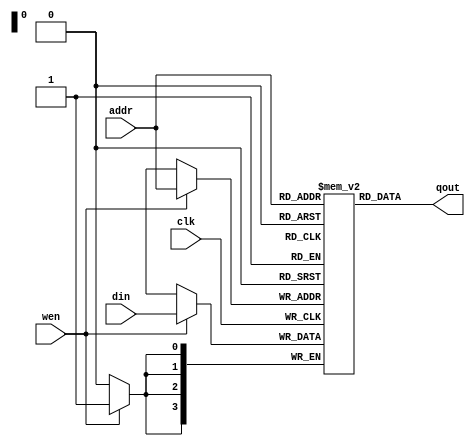
`timescale 1ns / 1ps
//////////////////////////////////////////////////////////////////////////////////
// Company: 
// Engineer: 
// 
// Design Name: 
// Module Name: ram2
// Project Name: 
// Target Devices: 
// Tool Versions: 
// Description: 
// 
// Dependencies: 
// 
// Revision:
// Revision 0.01 - File Created
// Additional Comments:
// 
//////////////////////////////////////////////////////////////////////////////////


module ram2(
    input clk,
    input wen,
    input [3:0] addr,
    input [3:0] din,
    output [3:0] qout
    );
    reg[3:0]ram[0:15];
    always@(posedge clk)
      if(wen)
        ram[addr]<=din;
      assign qout=ram[addr];  
endmodule